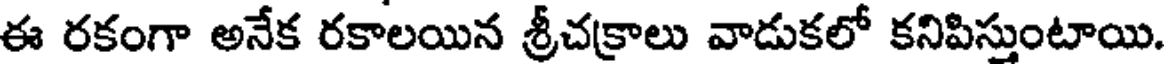
ఈ రకంగా అనేక రకాలయిన శ్రీచక్రాలు వాడుకలో కనిపిస్తుంటాయి.